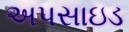
અપસાઇડ